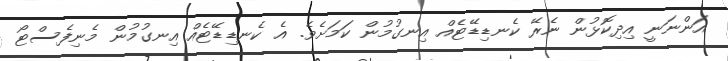
އަންނަނީ އިދިކޮޅުން ނެރޭ ކެނޑިޑޭޓެއް އިނގުމުން ކަމަށެވެ. އެ ކެނޑިޑޭޓެއް އިނގުމުން މެނިފެސްޓޯ